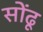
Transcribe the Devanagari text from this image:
सोंढू